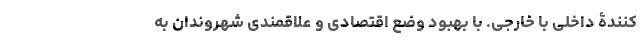
کنندۀ داخلی با خارجی. با بهبود وضع اقتصادی و علاقمندی شهروندان به